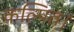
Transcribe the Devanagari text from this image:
कल्पित।